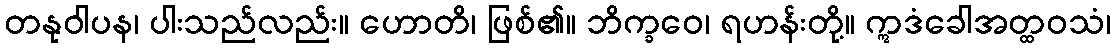
တနုဝါပန၊ ပါးသည်လည်း။ ဟောတိ၊ ဖြစ်၏။ ဘိက္ခဝေ၊ ရဟန်းတို့။ ဣဒံခေါအတ္ထဝသံ၊